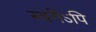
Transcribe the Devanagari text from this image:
स्वर्गेऽपि